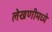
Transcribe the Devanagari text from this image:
लेखणीमध्ये